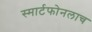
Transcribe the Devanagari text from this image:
स्मार्टफोनलाच